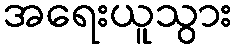
အရေးယူသွား